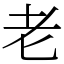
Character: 老